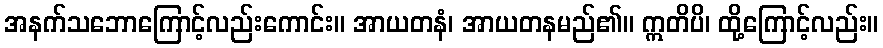
အနက်သဘောကြောင့်လည်းကောင်း။ အာယတနံ၊ အာယတနမည်၏။ ဣတိပိ၊ ထို့ကြောင့်လည်း။